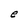
Character: e